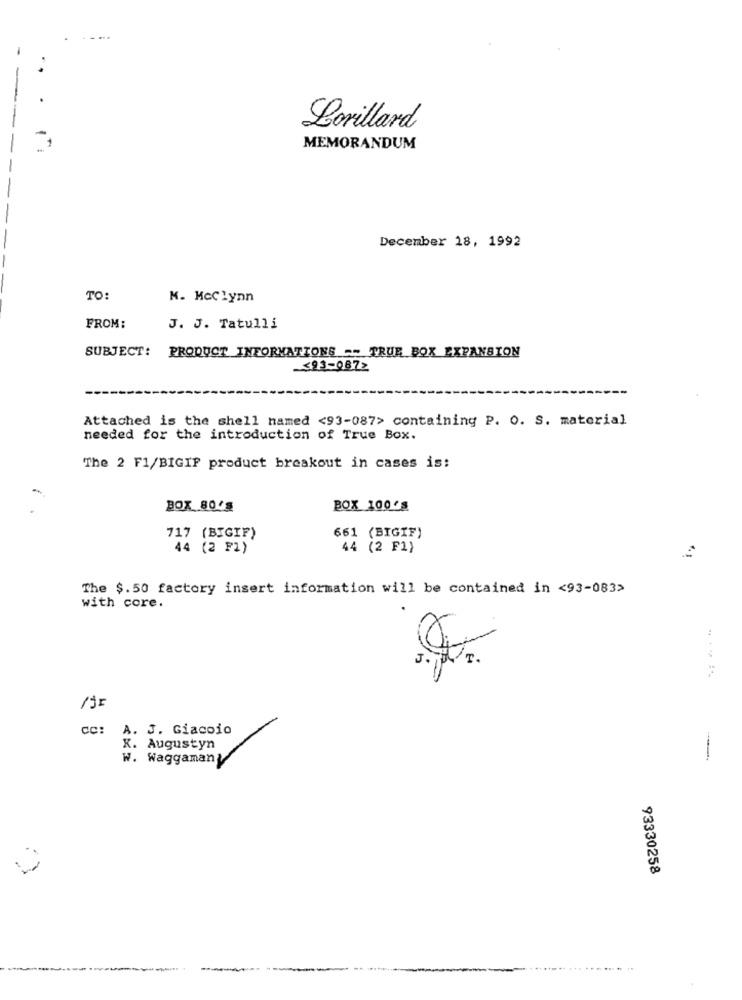
Lorillard
MEMORANDUM
December 18, 1992
TO:
M. McClynn
FROM:
J. J. Tatulli
PRODUCT INFORMATIONS -- TRUE BOX EXPANSION
SUBJECT:
<93-0872
Attached is the shell named <93-087> containing P. O. S. material
needed for the introduction of True Box.
The 2 F1/BIGIF product breakout in cases is:
BOX 80'g
BOX 100's
717 (BIGIF)
661 (BIGIF)
44 (2 F1)
44 (2 F1)
The $. 50 factory insert information will be contained in <93-083>
with core.
J.
CC:
A. J. Giacoio
X. Augustyn
W. Waggaman
93330258